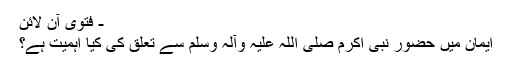
- فتویٰ آن لائن
ایمان میں حضور نبی اکرم صلی اللہ علیہ وآلہ وسلم سے تعلق کی کیا اہمیت ہے؟